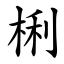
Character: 梸